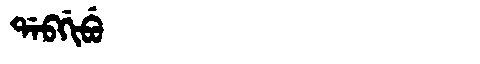
Manchu: ᡩᠠᠪᡤᡳᠪᡠ
Romanization: DABGIBU